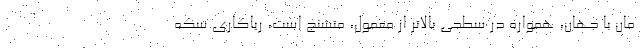
مان با جهان، همواره در سطحی بالاتر از معمول، متشنج است، ریاکاری سکه